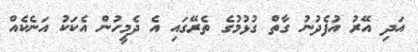
އަދި އޭރު އުފެދުނު ގާތް ގުޅުމުގެ ތެރޭގައި އެ ދެމީހުން އެކަކު އަނެކެއް